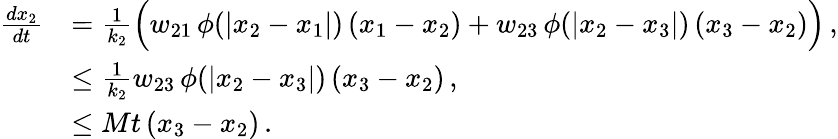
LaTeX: \begin{array}{rl}{\frac{dx_{2}}{dt}}&{=\frac{1}{k_{2}}\Big(w_{21}\, \phi(|x_{2}-x_{1}|)\, (x_{1}-x_{2})+w_{23}\, \phi(|x_{2}-x_{3}|)\, (x_{3}-x_{2})\Big)\, ,}\\ &{\leq\frac{1}{k_{2}}w_{23}\, \phi(|x_{2}-x_{3}|)\, (x_{3}-x_{2})\, ,}\\ &{\leq Mt\, (x_{3}-x_{2})\, .}\end{array}